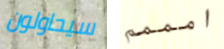
سيحاولون امممم